Vaccination in the Punjab 1897-1904 - 1897-1904
Year: 1897
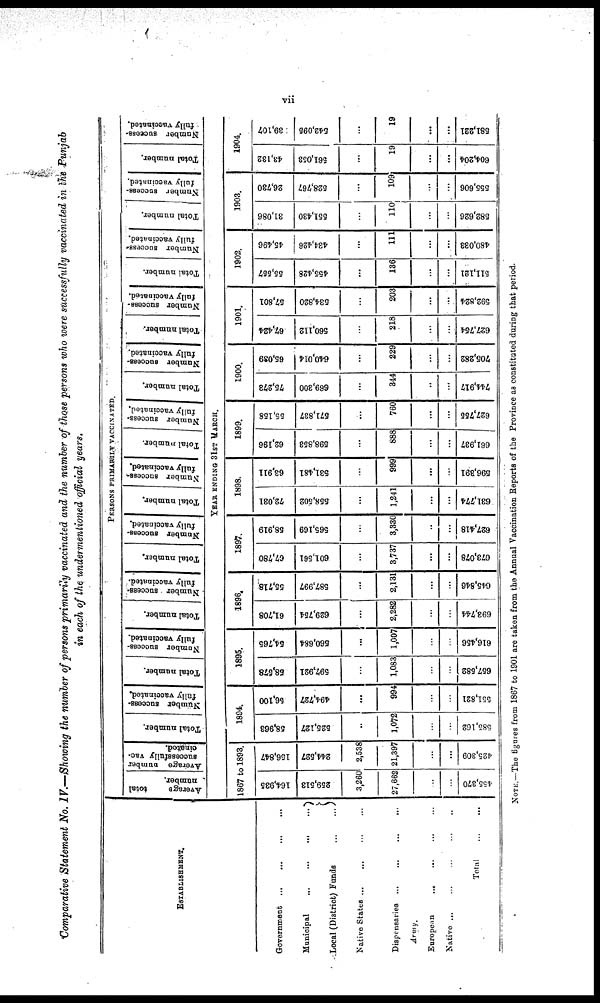
vii
Comparative Statement No. IV.—Showing the number of persons primarily vaccinated and the number of those persons who were successfully vaccinated in the Punjab
in each of the undermentioned official years.
ESTABLISHMENT.
Government
...
...
...
...
Municipal
...
...
...
...
Local (District) Funds
...
...
Native States ... ... ... ...
Dispensaries ...
...
...
...
Army.
European ... ... ... ...
Native ... ... ... ... ...
Total
...
...
PERSONS PRIMARILY VACCINATED.
Average
total
number.
Average number
successfully vac-
cinated.
Total number.
Number success-
fully vaccinated.
Total number.
Number success-
fully vaccinated.
Total number.
Number success-
fully vaccinated.
Total number.
Number success-
fully vaccinated.
Total number.
Number success¬
fully vaccinated.
Total number.
Number success-
fully vaccinated.
Total number.
Number success-
fully vaccinated.
Total number.
Number
success¬
fully
vaccinated.
Total number.
Number success¬
fully vaccinated.
Total number.
Number success-
fully vaccinated
Total number.
Number success-
fully vaccinated.
YEAR ENDING 31ST MARCH.
1867 to 1893.
164,935
259,513
3,260
27,662
...
...
455,370
156,847
244,527
2,538
21,397
...
...
425,309
1894.
58,963
525,127
...
1,072
...
...
585,162
56,100
494,727
...
994
...
...
551,821
1895.
68,578
597,921
...
1,083
...
...
657,582
54,765
560,684
...
1,007
...
...
616,456
1896.
61,708
629,754
...
2,282
...
...
693,744
55,718
587,997
...
2,131
...
...
645,846
1897.
67,780
601,561
...
3,737
......
...
673,078
58,919
565,169
...
3,330
...
...
627,418
1898.
72,031
558,502
...
1,241
...
...
631,774
63,911
531,481
...
999
...
...
596,391
1899.
62,196
598,853
...
888
...
...
661,937
55,158
571,837
...
760
...
...
627,755
1900.
75,273
669,300
...
344
...
...
744,917
65,039
640,014
...
229
...
...
705,282
1901.
67,424
560,112
...
218
...
...
627,754
57,801
534,820
...
203
...
...
592,824
1902.
55,557
455,428
...
136
...
...
511,121
45,496
434,426
...
111
...
...
480,033
1903.
31,086
551,430
...
110
...
...
582,626
26,730
528,767
...
109
...
...
555,606
1904.
43,132
561,053
...
19
...
...
604,204
39,107
542,095
...
19
...
...
581,221
NOTE.—The figures from 1867 to 1901 are taken from the Annual Vaccination Reports of the Province as constituted during that period.